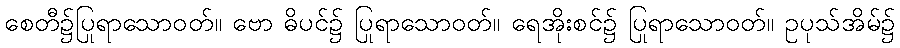
စေတီ၌ပြုရာသောဝတ်။ ဗော ဓိပင်၌ ပြုရာသောဝတ်။ ရေအိုးစင်၌ ပြုရာသောဝတ်။ ဥပုသ်အိမ်၌